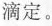
滴定。